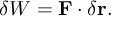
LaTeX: \delta W = \mathbf { F } \cdot \delta \mathbf { r } .